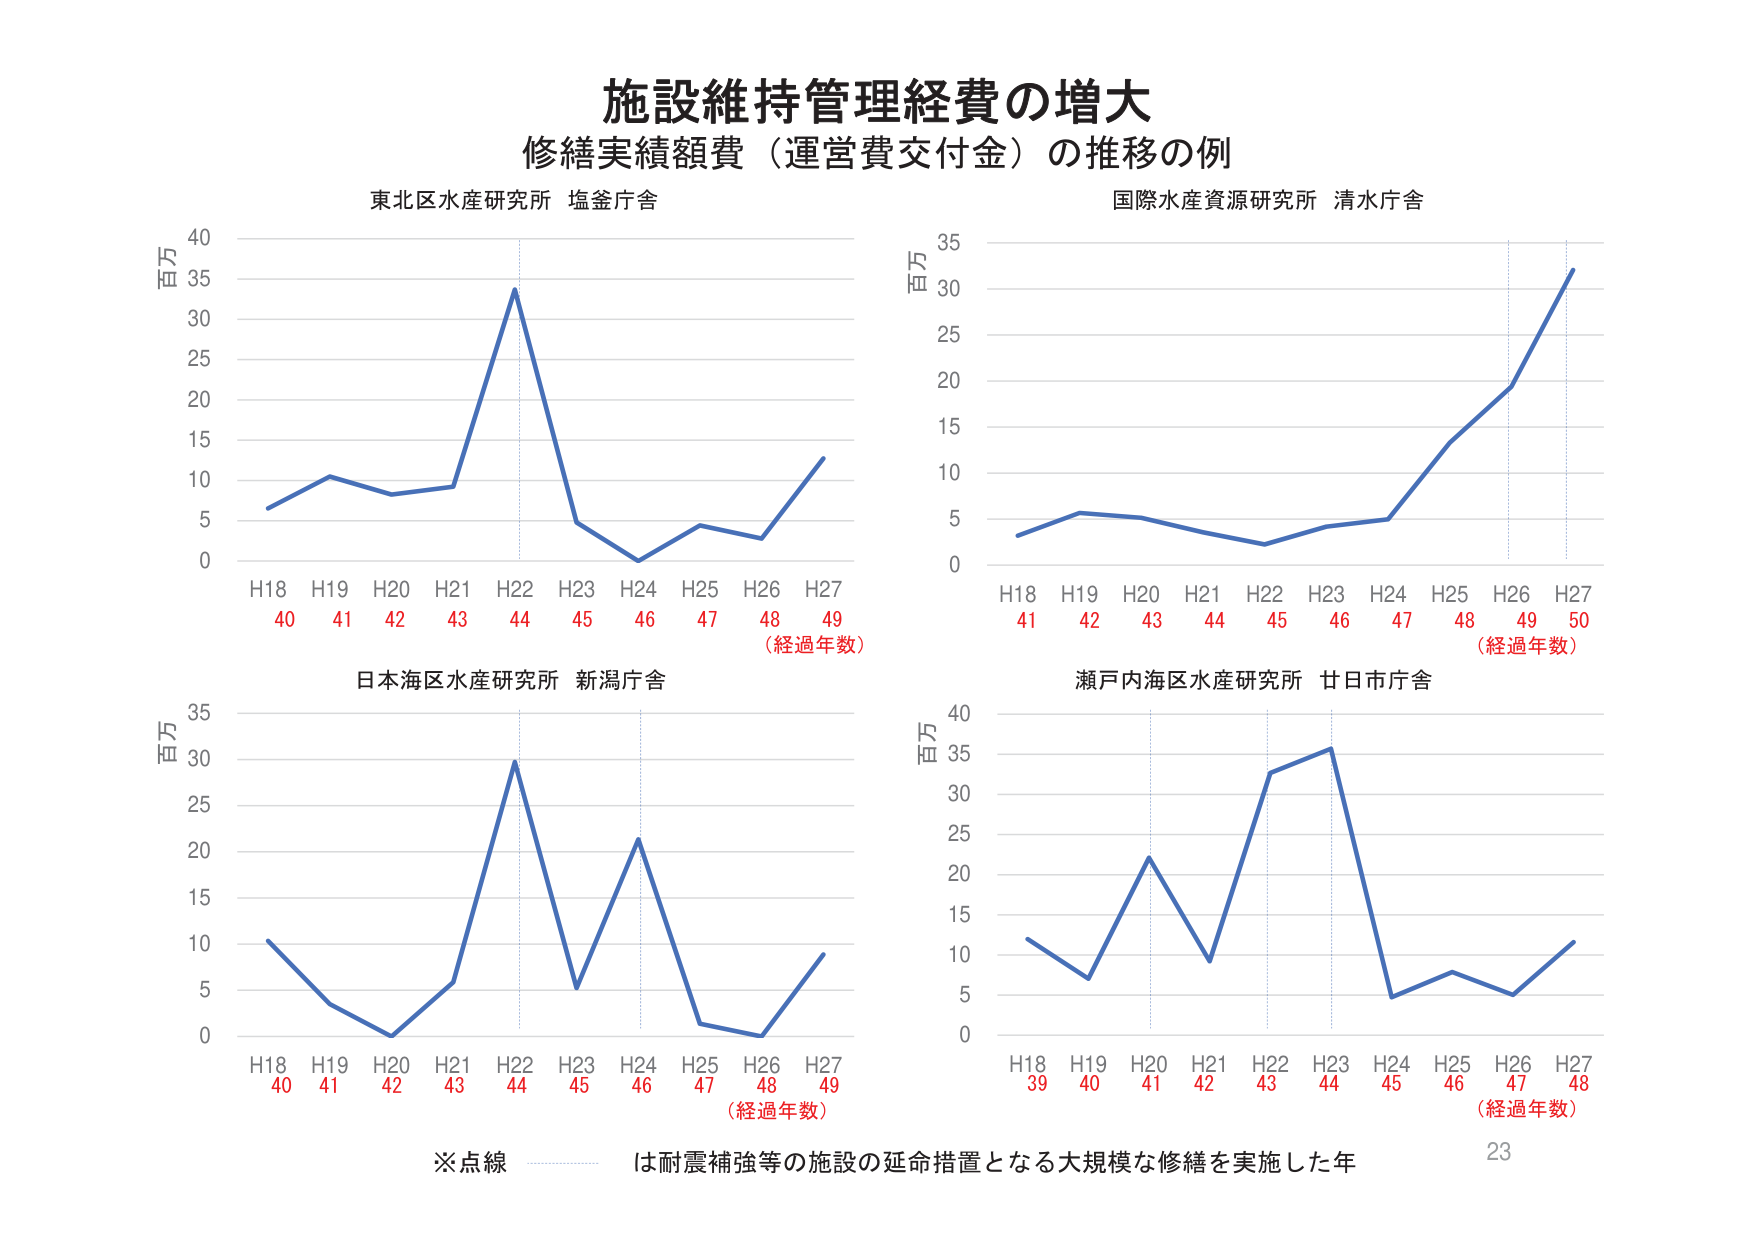
施設維持管理経費の増大
修繕実績額費（運営費交付金）の推移の例

東北区水産研究所 塩釜庁舎
百万
H18 40
H19 41
H20 42
H21 43
H22 44
H23 45
H24 46
H25 47
H26 48
H27 49
（経過年数）

国際水産資源研究所 清水庁舎
百万
H18 41
H19 42
H20 43
H21 44
H22 45
H23 46
H24 47
H25 48
H26 49
H27 50
（経過年数）

日本海区水産研究所 新潟庁舎
百万
H18 40
H19 41
H20 42
H21 43
H22 44
H23 45
H24 46
H25 47
H26 48
H27 49
（経過年数）

瀬戸内海区水産研究所 廿日市庁舎
百万
H18 39
H19 40
H20 41
H21 42
H22 43
H23 44
H24 45
H25 46
H26 47
H27 48
（経過年数）

※点線 は耐震補強等の施設の延命措置となる大規模な修繕を実施した年
23